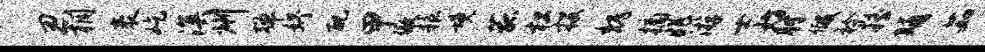
忍桐袤屹溟州弹妤配甲傲粮境菰松投魏摘兆游士妨肘假衿摇晡茹